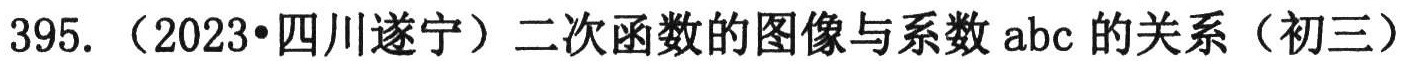
395.（2023•四川遂宁）二次函数的图像与系数abc的关系（初三）